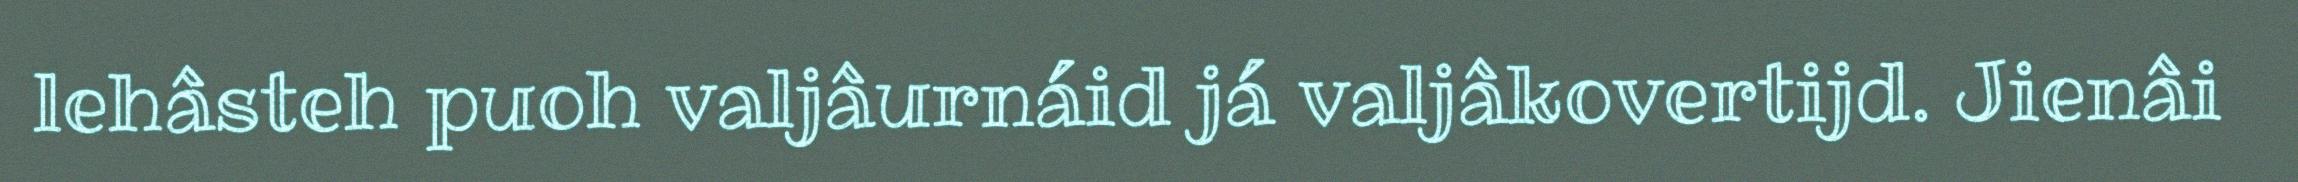
lehâsteh puoh valjâurnáid já valjâkovertijd. Jienâi